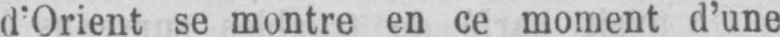
d’Orient se montre en ce moment d’une